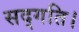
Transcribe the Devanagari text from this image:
सद्गति।